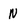
Character: n